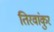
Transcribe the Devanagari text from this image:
तिरवांकुर